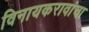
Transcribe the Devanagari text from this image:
विनायकरावांचा